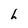
Character: h